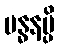
ဗန္ဓနမ္ပိ